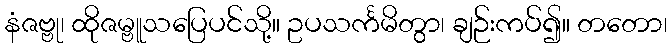
နံဇဗ္ဗု၊ ထိုဇမ္ဗူသပြေပင်သို့။ ဥပသင်္ကမိတွာ၊ ချဉ်းကပ်၍။ တတော၊